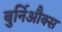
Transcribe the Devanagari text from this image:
बुर्निऔक्स